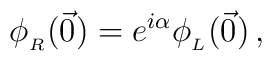
\phi_{_R} (\vec 0) = e^{i\alpha} \phi_{_L} (\vec0)\,,